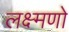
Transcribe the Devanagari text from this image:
लक्ष्मणो